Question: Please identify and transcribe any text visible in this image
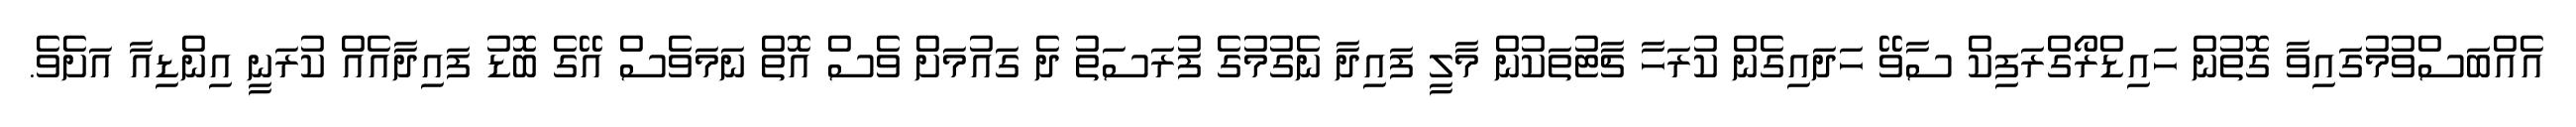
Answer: އެއްބަސްވުމުގައިވާ ގޮތުން ހައިޑްރޯގްރަފިކް ސާވޭ ހަދައިގެން ކުރަހާ ޗާޓުތަކުން މާލީ ފައިދާ ނެގުމުގެ ފުރަސަތު ދެ ގައުމަށް ވެސް އޮތް ނަމަވެސް އޭގެ ބޮޑު ފައިދާއެއް ކުރަނީ އިންޑިއާ އަށެވެ.